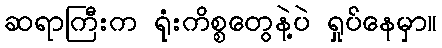
ဆရာကြီးက ရုံးကိစ္စတွေနဲ့ပဲ ရှုပ်နေမှာ။